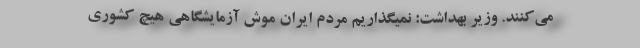
می‌کنند. وزیر بهداشت: نمیگذاریم مردم ایران موش آزمایشگاهی هیچ کشوری